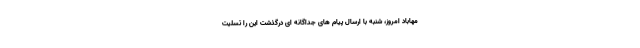
مهاباد امروز، شنبه با ارسال پیام های جداگانه ای درگذشت این را تسلیت